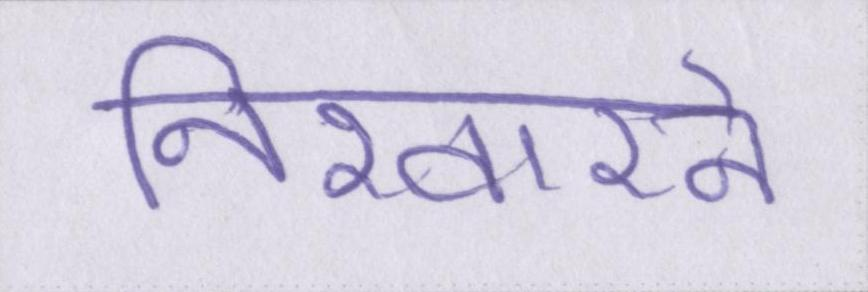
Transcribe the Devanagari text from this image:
निखारने